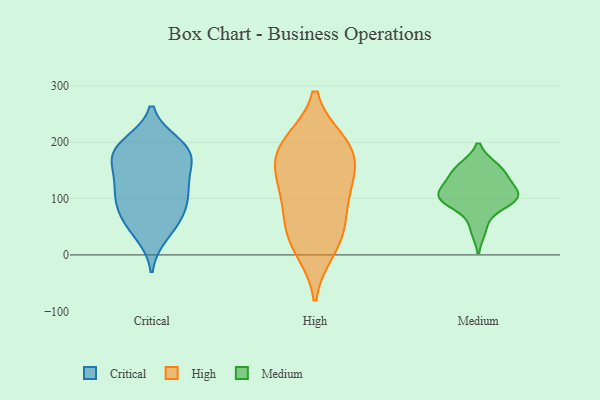
{"axis": {"x": "Headcount", "y": "Value"}, "legend": ["Critical", "High", "Medium"], "data": [{"x": "", "y": 77, "type": "Critical"}, {"x": "", "y": 181, "type": "Critical"}, {"x": "", "y": 98, "type": "Critical"}, {"x": "", "y": 196, "type": "Critical"}, {"x": "", "y": 120, "type": "Critical"}, {"x": "", "y": 55, "type": "Critical"}, {"x": "", "y": 177, "type": "Critical"}, {"x": "", "y": 183, "type": "Critical"}, {"x": "", "y": 126, "type": "Critical"}, {"x": "", "y": 118, "type": "Critical"}, {"x": "", "y": 37, "type": "Critical"}, {"x": "", "y": 74, "type": "Critical"}, {"x": "", "y": 159, "type": "Critical"}, {"x": "", "y": 188, "type": "Critical"}, {"x": "", "y": 111, "type": "High"}, {"x": "", "y": 27, "type": "High"}, {"x": "", "y": 127, "type": "High"}, {"x": "", "y": 49, "type": "High"}, {"x": "", "y": 74, "type": "High"}, {"x": "", "y": 170, "type": "High"}, {"x": "", "y": 199, "type": "High"}, {"x": "", "y": 194, "type": "High"}, {"x": "", "y": 144, "type": "High"}, {"x": "", "y": 191, "type": "High"}, {"x": "", "y": 10, "type": "High"}, {"x": "", "y": 102, "type": "Medium"}, {"x": "", "y": 108, "type": "Medium"}, {"x": "", "y": 154, "type": "Medium"}, {"x": "", "y": 101, "type": "Medium"}, {"x": "", "y": 95, "type": "Medium"}, {"x": "", "y": 125, "type": "Medium"}, {"x": "", "y": 46, "type": "Medium"}, {"x": "", "y": 97, "type": "Medium"}, {"x": "", "y": 140, "type": "Medium"}, {"x": "", "y": 155, "type": "Medium"}]}